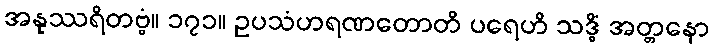
အနုဿရိတဗ္ဗံ။ ၁၇၁။ ဥပသံဟရဏတောတိ ပရေဟိ သဒ္ဓိံ အတ္တနော